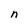
Character: n